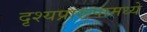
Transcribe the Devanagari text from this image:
दृश्यप्रारूपामध्ये